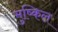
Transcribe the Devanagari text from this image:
मुष्किल